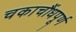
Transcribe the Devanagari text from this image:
चकाचौंधपूर्ण